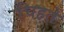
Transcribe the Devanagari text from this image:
चिहते